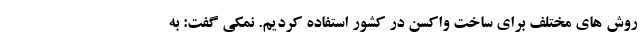
روش های مختلف برای ساخت واکسن در کشور استفاده کردیم. نمکی گفت: به